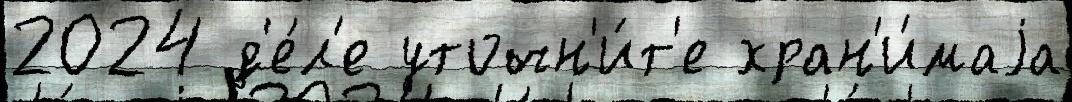
2024 д'е́л'е уточн'и́т'е хран'и́маjа